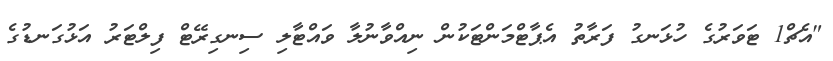
"އެޗް1 ޓަވަރުގެ ހުޅަނގު ފަރާތު އެޕާޓްމަންޓަކުން ނިއްވާނުލާ ވައްޓާލި ސިނގިރޭޓް ފިލްޓަރު އަޅުގަނޑުގެ